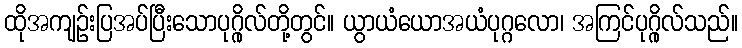
ထိုအကျဉ်းပြအပ်ပြီးသောပုဂ္ဂိုလ်တို့တွင်။ ယွာယံယောအယံပုဂ္ဂလော၊ အကြင်ပုဂ္ဂိုလ်သည်။